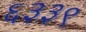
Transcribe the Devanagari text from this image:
६३३९